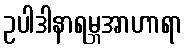
ဥပါဒါနာရမ္ဘအာဟာရာ